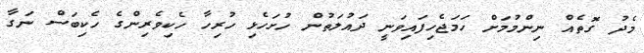
މެދު ގޮތެއް ނިންމުމަށް ހަމަޖެހިފައިވަނީ ދައުލަތުން ހުށަހެޅި ހުރިހާ ހެކިވެރިންގެ ހެކިބަސް ނަގާ